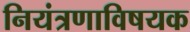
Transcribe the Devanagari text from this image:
नियंत्रणाविषयक